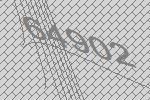
64902